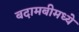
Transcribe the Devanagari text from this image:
बदामबीमध्ये